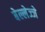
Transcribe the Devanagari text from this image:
बेल्लेज्जे